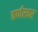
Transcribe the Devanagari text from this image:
वर्णस्वर